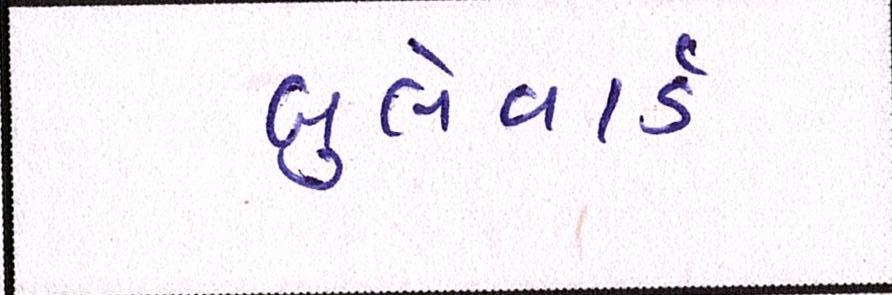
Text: બુલેવાર્ડ